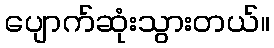
ပျောက်ဆုံးသွားတယ်။